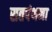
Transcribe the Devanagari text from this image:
सतपंथना